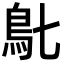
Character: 𩾙